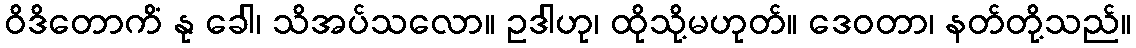
ဝိဒိတောကိံ နု ခေါ၊ သိအပ်သလော။ ဥဒါဟု၊ ထိုသို့မဟုတ်။ ဒေဝတာ၊ နတ်တို့သည်။